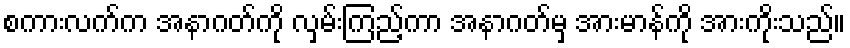
စကားလက်က အနာဂတ်ကို လှမ်းကြည့်ကာ အနာဂတ်မှ အားမာန်ကို အားကိုးသည်။